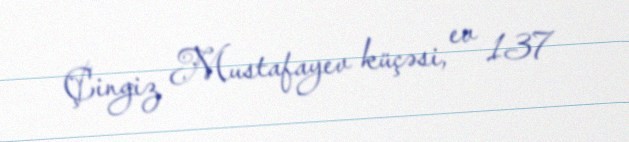
Çingiz Mustafayev küçəsi, ev 137